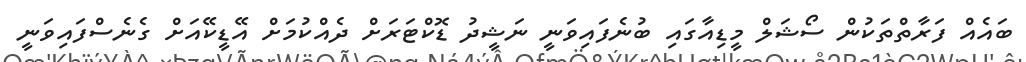
ބައެއް ފަރާތްތަކުން ސޯޝަލް މީޑިއާގައި ބުނެފައިވަނީ ނަޝީދު ޑޮކްޓަރަށް ދެއްކުމަށް އޭޑީކޭއަށް ގެނެސްފައިވަނީ